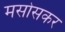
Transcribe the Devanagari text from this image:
मसोसकर